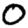
Digit: 0